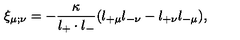
\xi _ { \mu ; \nu } = - \frac { \kappa } { l _ { + } \cdot l _ { - } } ( l _ { + \mu } l _ { - \nu } - l _ { + \nu } l _ { - \mu } ) ,